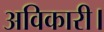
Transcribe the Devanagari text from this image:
अविकारी।